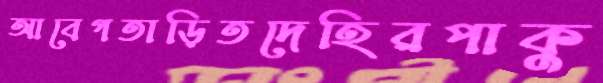
আবেগতাড়িতদেহিরপাকু